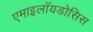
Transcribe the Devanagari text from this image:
एमाइलॉयडोसिस